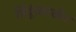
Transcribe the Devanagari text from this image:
हिंदूंसारखेच